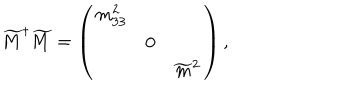
\widetilde { M } ^ { \dagger } \widetilde { M } = \left( \begin{array} { r c l } { { m _ { 3 3 } ^ { 2 } } } & { { } } & { { } } \\ { { } } & { { 0 } } & { { } } \\ { { } } & { { } } & { { \widetilde { m } ^ { 2 } } } \\ \end{array} \right) ,